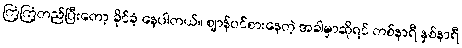
ကြံ့ကြံ့တည်ပြီးတော့ ခိုင်ခံ့ နေပါတယ်။ ဈာန်ဝင်စားနေတဲ့ အခါမှာဆိုရင် တစ်နာရီ နှစ်နာရီ